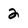
Character: 2